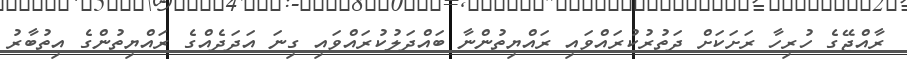
ރާއްޖޭގެ ހުރިހާ ރަށަކަށް ދަތުރުކުރައްވައި ރައްޔިތުންނާ ބައްދަލުކުރައްވައި ގިނަ އަދަދެއްގެ ރައްޔިތުންގެ އިތުބާރު